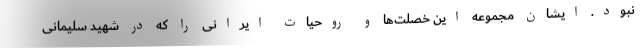
نبود. ایشان مجموعه این خصلت‌ها و روحیات ایرانی را که در شهید سلیمانی